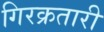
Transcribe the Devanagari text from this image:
गिरक्रतारी